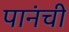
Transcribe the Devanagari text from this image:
पानंची